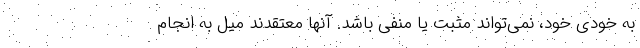
به خودی خود، نمی‌تواند مثبت یا منفی باشد. آنها معتقدند میل به انجام